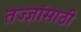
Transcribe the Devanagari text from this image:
तज्ज्ञांसाठी